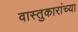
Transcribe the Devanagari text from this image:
वास्तुकारांच्या